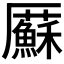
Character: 𠫋